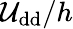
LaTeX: \mathcal{U}_{\mathrm{{{dd}}}}/h